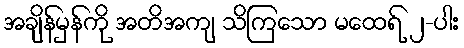
အချိန်မှန်ကို အတိအကျ သိကြသော မထေရ် ၂-ပါး